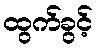
ထွက်ခွင့်